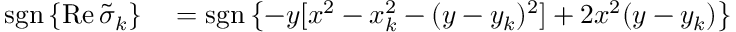
\begin{array} { r l } { \operatorname { s g n } \left\{ \operatorname { R e } \tilde { \sigma } _ { k } \right\} } & { { } = \operatorname { s g n } \left\{ - y [ x ^ { 2 } - x _ { k } ^ { 2 } - ( y - y _ { k } ) ^ { 2 } ] + 2 x ^ { 2 } ( y - y _ { k } ) \right\} } \end{array}